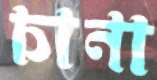
চানা